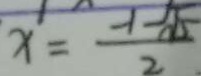
x = \frac { - 1 - \sqrt { 5 } } { 2 }